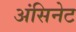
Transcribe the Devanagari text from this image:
अंसिनेट